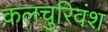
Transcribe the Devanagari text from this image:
कलचुरिवंश